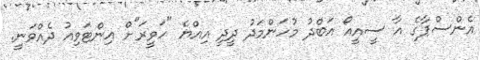
އެންސްޕާގެ އާ ސީއީއޯ އަބްދު މުހަންމަދު ދީދީ އިއްޔެ "ހަވީރަ"ށް އިންޓަވިއު ދެއްވަނީ.